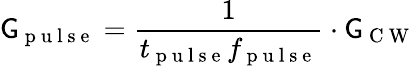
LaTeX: \mathsf{G}_{\mathrm{{~p~u~l~s~e~}}}=\frac{{1}}{{t_{\mathrm{{~p~u~l~s~e~}}}f_{\mathrm{{~p~u~l~s~e~}}}}}\cdot\mathsf{G}_{\mathrm{{~C~W~}}}